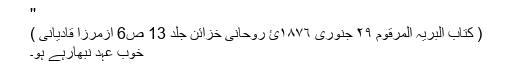
''
( کتاب البریہ المرقوم ٢٩ جنوری ١٨٧٦ئ روحانی خزائن جلد 13 ص6 ازمرزا قادیانی )
خوب عہد نبھارہے ہو۔